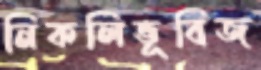
নিকলিভূবিজ